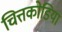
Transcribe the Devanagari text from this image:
चित्तकोडिया